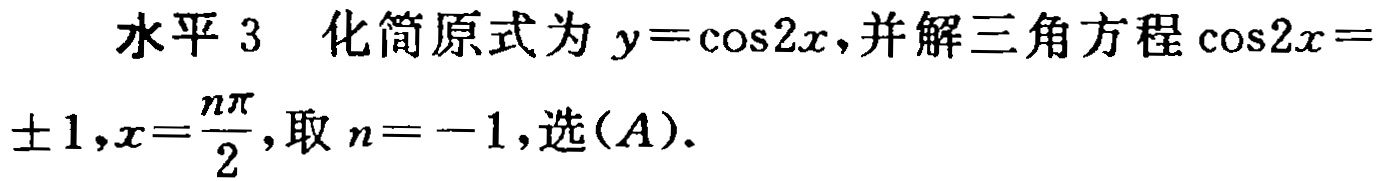
水平 3  化简原式为 \(y = \cos 2x\)，并解三角方程\(\cos 2x = \pm 1,x=\frac{n\pi}{2}\)，取 \(n = -1\)，选\((A)\)。